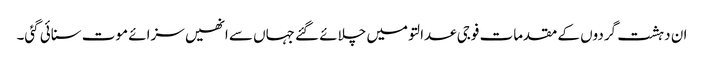
ان دہشت گردوں کے مقدمات فوجی عدالتو میں چلائے گئے جہاں سے انھیں سزائے موت سنائی گئی۔